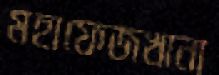
মহাফেজখানা